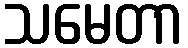
သမေတာ